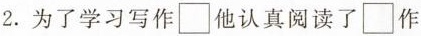
2.为了学习写作□他认真阅读了□作